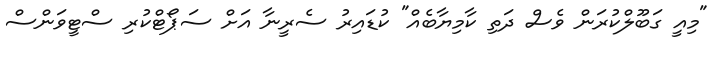
"މިއީ ގަބޫލްކުރަން ވެސް ދަތި ކާމިޔާބެއް" ކުޑައިރު ސެރީނާ އަށް ސަޕޯޓްކުރި ސްޓީވަންސް